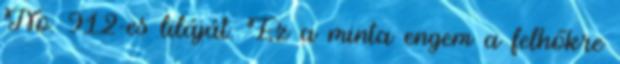
No. 912-es liláját. Ez a minta engem a felhőkre